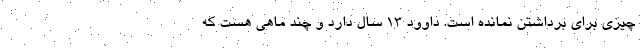
چیزی برای برداشتن نمانده است. داوود ۱۳ سال دارد و چند ماهی هست که